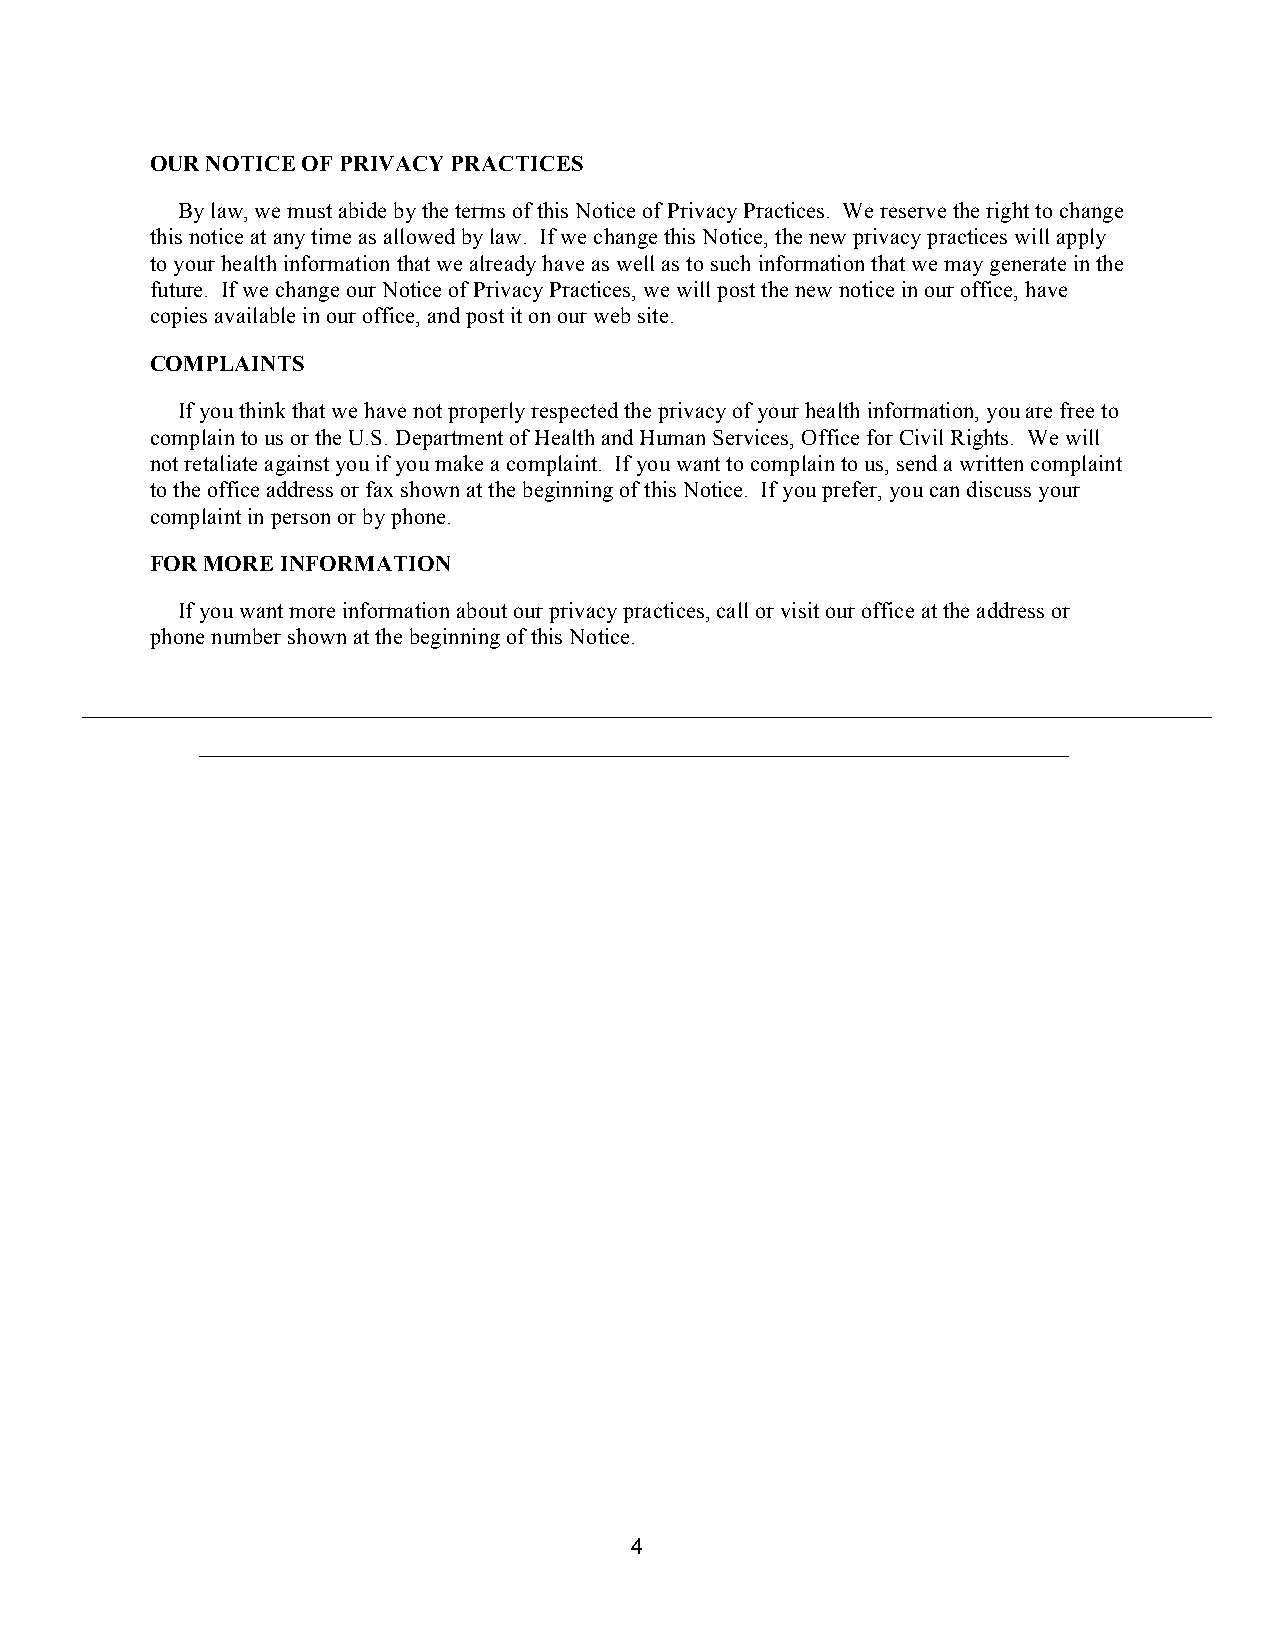
OUR NOTICE OF PRIVACY PRACTICES
 By law, we must abide by the terms of this Notice of Privacy Practices. We reserve the right to change
 this notice at any time as allowed by law. If we change this Notice, the new privacy practices will apply
 to your health information that we already have as well as to such information that we may generate in the
 future. If we change our Notice of Privacy Practices, we will post the new notice in our office, have
 copies available in our office, and post it on our web site.
 COMPLAINTS
 If you think that we have not properly respected the privacy of your health information, you are free to
 complain to us or the U.S. Department of Health and Human Services, Office for Civil Rights. We will
 not retaliate against you if you make a complaint. If you want to complain to us, send a written complaint
 to the office address or fax shown at the beginning of this Notice. If you prefer, you can discuss your
 complaint in person or by phone.
 FOR MORE INFORMATION
 If you want more information about our privacy practices, call or visit our office at the address or
 phone number shown at the beginning of this Notice.
 4